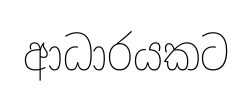
ආධාරයකට